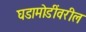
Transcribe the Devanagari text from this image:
घडामोडींवरील